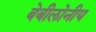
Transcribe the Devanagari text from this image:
बेबीलोनीय